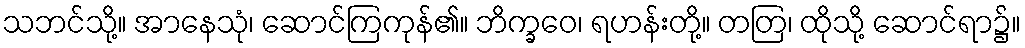
သဘင်သို့။ အာနေသုံ၊ ဆောင်ကြကုန်၏။ ဘိက္ခဝေ၊ ရဟန်းတို့။ တတြ၊ ထိုသို့ ဆောင်ရာ၌။